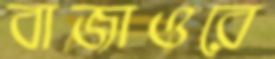
বাজাওরে